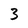
Character: 3